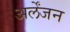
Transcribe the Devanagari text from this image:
अर्लेंजन